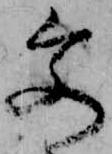
文